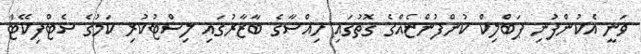
ވަނީ އެކުންފުނި ޕަބްލިކް ކުންފުންޏެއްގެ ގޮތުގައި ހިއްސާގެ ބާޒާރުގައި ލިސްޓުކުރި ކަމުގެ ސެޓްފިކޭޓް